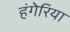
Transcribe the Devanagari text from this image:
हंगेरिया